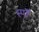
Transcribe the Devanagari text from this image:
स्पॉ